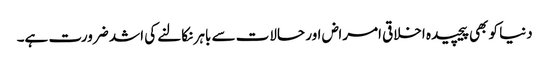
دنیا کو بھی پیچیدہ اخلاقی امراض اور حالات سے باہر نکالنے کی اشد ضرورت ہے۔